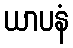
ယာပနံ